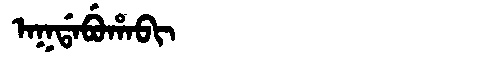
Manchu: ᠠᡴᡩᠠᠪᡠᡥᠠᠪᡳ
Romanization: AKDABUHABI